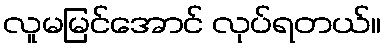
လူမမြင်အောင် လုပ်ရတယ်။